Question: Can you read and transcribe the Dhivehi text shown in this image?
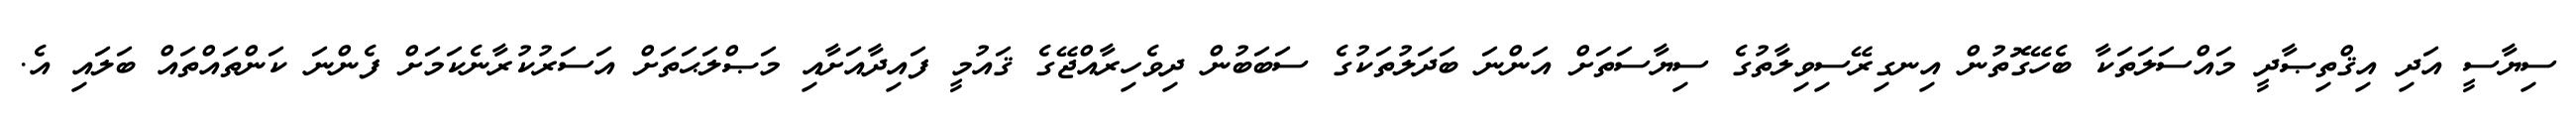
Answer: ސިޔާސީ އަދި އިޤްތިޞާދީ މައްސަލަތަކާ ބެހޭގޮތުން އިނގިރޭސިވިލާތުގެ ސިޔާސަތަށް އަންނަ ބަދަލުތަކުގެ ސަބަބުން ދިވެހިރާއްޖޭގެ ޤައުމީ ފައިދާއަށާއި މަޞްލަޙަތަށް އަސަރުކުރާނެކަމަށް ފެންނަ ކަންތައްތައް ބަލައި އެ.